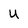
Character: U